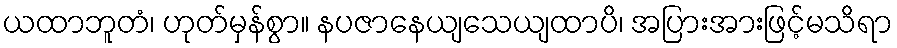
ယထာဘူတံ၊ ဟုတ်မှန်စွာ။ နပဇာနေယျသေယျထာပိ၊ အပြားအားဖြင့်မသိရာ